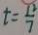
t = \frac { 1 2 } { 7 }